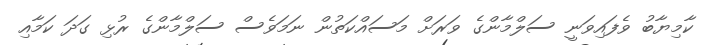
ކާމިޔާބު ވެފައިވަނީ ސަލްމާންގެ ވަރަށް މަސައްކަތުން ނަމަވެސް ސަލްމާންގެ ރުޅި ގަދަ ކަމާއި